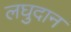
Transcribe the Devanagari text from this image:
लघुदान